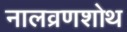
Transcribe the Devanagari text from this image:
नालव्रणशोथ